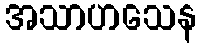
အသာဟသေန